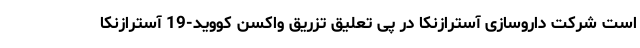
است شرکت داروسازی آسترازنکا در پی تعلیق تزریق واکسن کووید-19 آسترازنکا